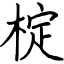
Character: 椗